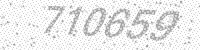
Solution: 710659